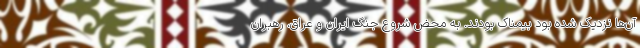
آن‌ها نزدیک شده بود بیمناک بودند. به محض شروع جنگ ایران و عراق، رهبران